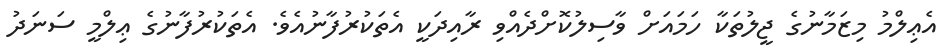
އެޢިލްމު މިޒަމާނުގެ ޖީލުތަކާ ހަމައަށް ވާސިލުކޮށްދެއްވި ރާއިދަކީ އެތަކުރުފާނުއެވެ. އެތަކުރުފާނުގެ ޢިލްމީ ސަނަދު